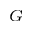
_ G